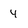
Character: 4